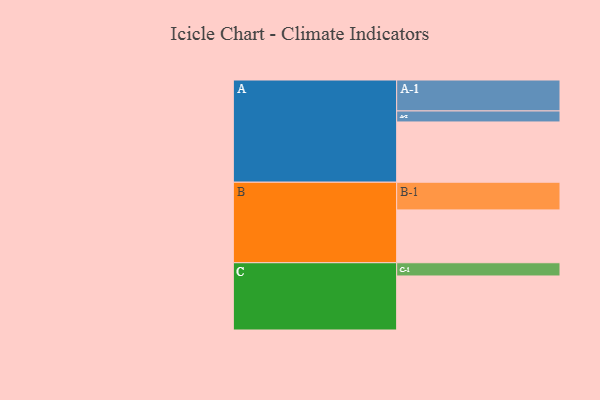
{"axis": {"x": "Segment", "y": "Value"}, "legend": ["", "A", "B", "C"], "data": [{"x": "A", "y": 405, "type": ""}, {"x": "B", "y": 355, "type": ""}, {"x": "C", "y": 363, "type": ""}, {"x": "A-1", "y": 208, "type": "A"}, {"x": "A-2", "y": 74, "type": "A"}, {"x": "B-1", "y": 186, "type": "B"}, {"x": "C-1", "y": 89, "type": "C"}]}